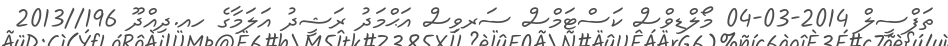
ތަފްސީލް 2014-03-04 މޯލްޑިވްސް ކަސްޓަމްސް ސަރވިސް އަޙްމަދު ރަޝީދު އަލަމާގެ ހއ.ދިއްދޫ 196//2013